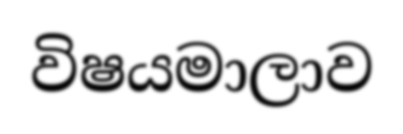
විෂයමාලාව